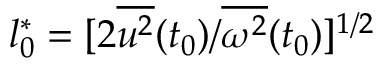
l _ { 0 } ^ { * } = [ 2 { \overline { { u ^ { 2 } } } } ( t _ { 0 } ) / { \overline { { \omega ^ { 2 } } } } ( t _ { 0 } ) ] ^ { 1 / 2 }